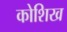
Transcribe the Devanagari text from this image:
कोशिख